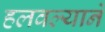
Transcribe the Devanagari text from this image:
हलवल्याने